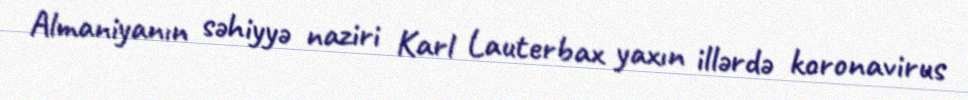
Almaniyanın səhiyyə naziri Karl Lauterbax yaxın illərdə koronavirus